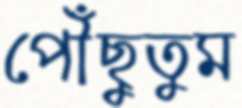
পৌঁছুতুম